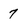
Character: 7